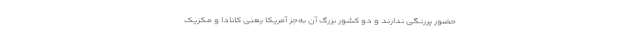
حضور پررنگی ندارند و دو کشور بزرگ آن به‌جز آمریکا یعنی کانادا و مکزیک